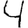
Digit: 4